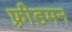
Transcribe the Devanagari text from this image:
फ़्रीडमन